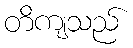
တိကျသည်